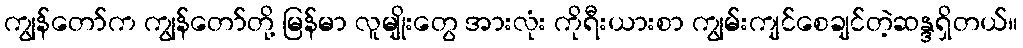
ကျွန်တော်က ကျွန်တော်တို့ မြန်မာ လူမျိုးတွေ အားလုံး ကိုရီးယားစာ ကျွမ်းကျင်စေချင်တဲ့ဆန္ဒရှိတယ်။